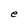
Character: e